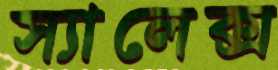
স্যালেক্স